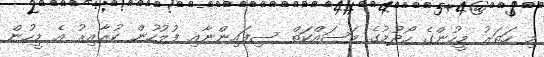
މި ހަތަރު މީހުންގެ ހޯދުމުގެ މަސައްކަތް ސިފައިންނާއި ފުލުހުން ކުރާއިރު އެ މީހުން